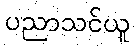
ပညာသင်ယူ